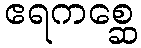
ဧရကစ္ဆေ